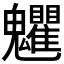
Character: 𩵅